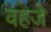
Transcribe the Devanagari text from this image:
वहजे